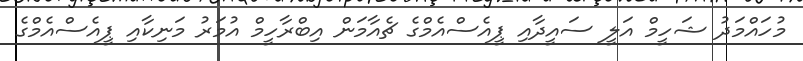
މުހައްމަދު ޝަހީމް އަލީ ސައީދާއި ޕީއެސްއެމްގެ ޗެއާމަން އިބްރާހީމް އުމަރު މަނިކާއި ޕީއެސްއެމްގެ